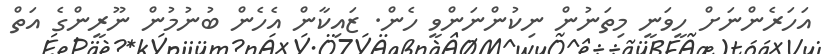
އަހަރެންނަށް ހީވަނީ މިތަނުން ނިކުންނަންވީ ހެން. ޒައިކާން އެހެން ބުނުމުން ނޫރީންގެ އަތް